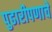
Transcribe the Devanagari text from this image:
पुढारीपणाचे